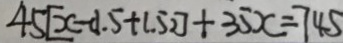
4 5 [ x - 0 . 5 + 1 . 5 2 ] + 3 5 x = 7 4 5